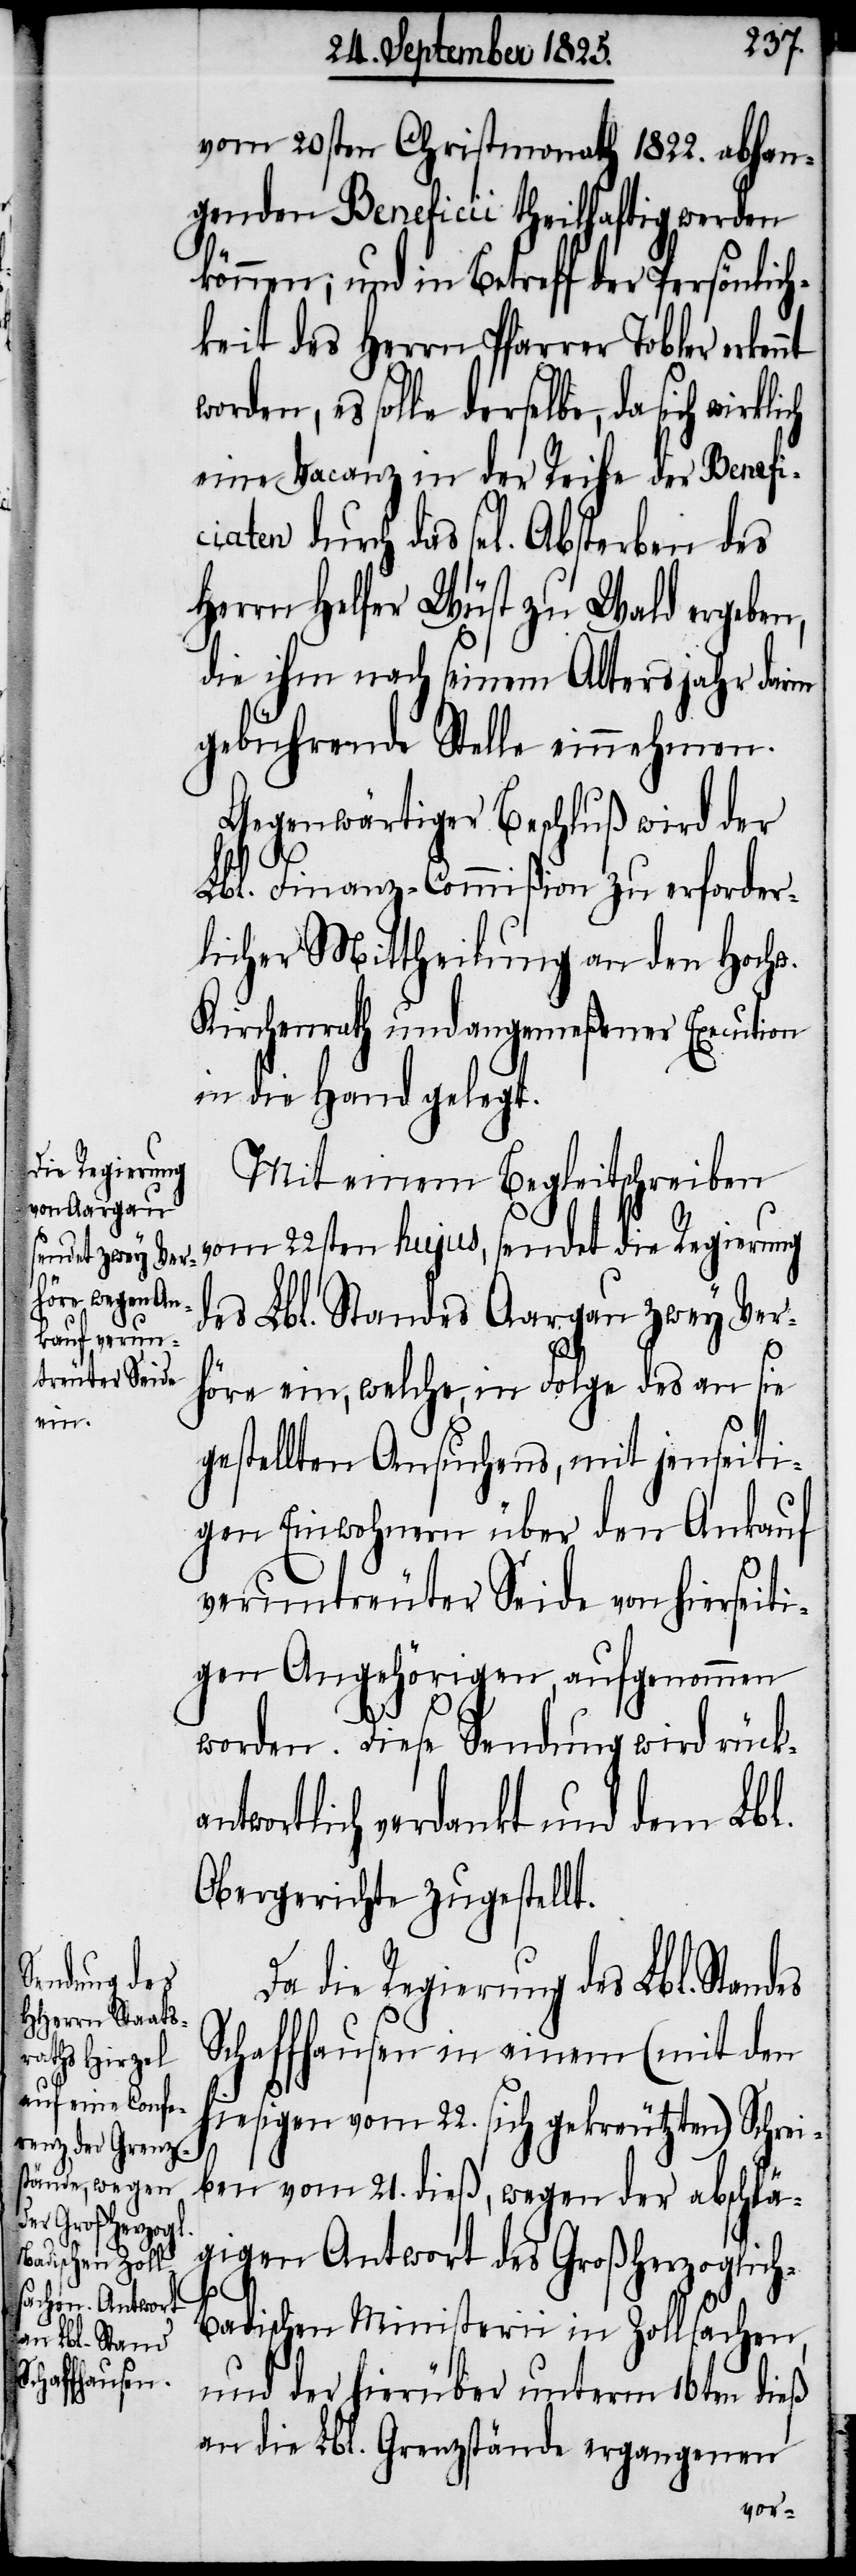
nt

vom 20sten Christmonath 1822. abhan¬
genden Beneficii theilhaftig werden
können; und in Betreff der Persönlich¬
keit des Herrn Pfarrer Tobler erken¬
worden, es solle derselbe, da sich
eine Vacanz in der Reihe der Benefi¬
durch das sel[ige] Absterben des
Herrn Helfer Wüst zu Wald ergeben,
die ihm nach seinem Altersjahr darin
gebührende Stelle einnehmen.
Gegenwärtiger Beschluß wird der
Lbl. Finanz-Commißion zu erforder¬
licher Mittheilung an den Hochw.
Kirchenrath und angemeßener Execution
in die Hand gelegt.
Mit einem Begleitschreiben
vom 22sten hujus, sendet die Regierung
des Lbl. Standes Aargau zwey Ver¬
höre ein, welche, in Folge des an sie
gestellten Ansuchens, mit jenseiti¬
gen Einwohnern über den Ankauf
veruntreuter Seide von hierseiti¬
gen Angehörigen aufgenommen
worden. Dieses Sendung wird rück¬
ntwortlich verdankt und dem Lbl.
Obergerichte zugestellt.
Da die Regierung des Lbl. Stand¬
Schaffhausen in einem (mit den
hiesigen vom 22. sich gekreuzten) Schrei¬
ben vom 21. dieß, wegen der abschlä¬
gigen Antwort des Großherzoglic¬
h-B¬
adischen Ministerii in Zollsachen,
und der hierüber unterm 16ten dieß
an die Lbl. Grenzstände ergangenen